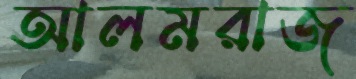
আলমরাজ